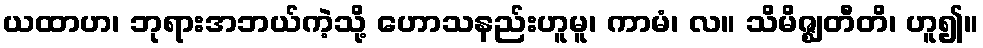
ယထာဟ၊ ဘုရားအဘယ်ကဲ့သို့ ဟောသနည်းဟူမူ၊ ကာမံ၊ လ။ သိမိဇ္ဈတီတိ၊ ဟူ၍။